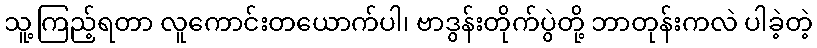
သူ့ကြည့်ရတာ လူကောင်းတယောက်ပါ၊ ဗာဒွန်းတိုက်ပွဲတို့ ဘာတုန်းကလဲ ပါခဲ့တဲ့